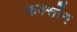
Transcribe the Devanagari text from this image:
कर्ल्सोन